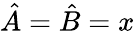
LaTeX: \hat{A}=\hat{B}=x